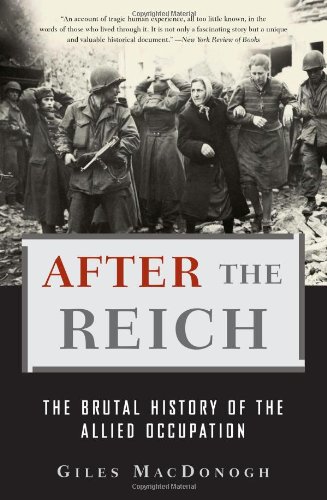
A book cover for After the Reich: The Brutal History of the Allied Occupation; Giles MacDonogh; History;